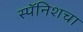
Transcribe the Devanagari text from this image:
स्पॅनिशचा